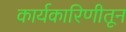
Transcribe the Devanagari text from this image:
कार्यकारिणीतून